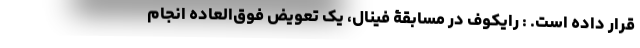
قرار داده است. : رایکوف در مسابقۀ فینال، یک تعویض فوق‌العاده انجام